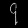
Digit: ၄